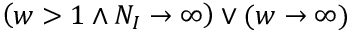
\left( w > 1 \land N _ { I } \rightarrow \infty \right) \lor ( w \rightarrow \infty )